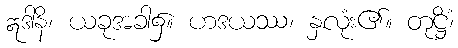
ဣဒါနိ၊ ယခုအခါ၌။ ဟဒယဿ၊ နှလုံး၏။ တုဋ္ဌိံ၊